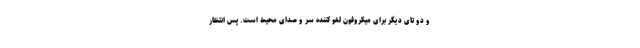
و دو تای دیگر برای میکروفون لغو کننده سر و صدای محیط است. پس انتظار